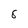
Character: 8